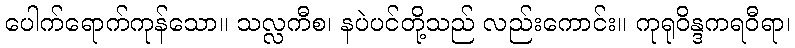
ပေါက်ရောက်ကုန်သော။ သလ္လကီစ၊ နပဲပင်တို့သည် လည်းကောင်း။ ကုရုဝိန္ဒကရဝီရာ၊